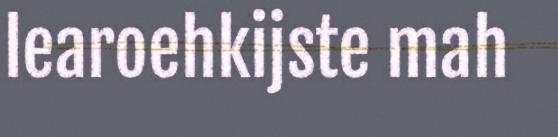
learoehkijste mah